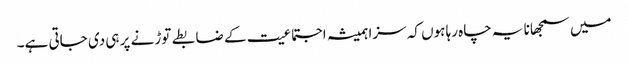
میں سمجھانا یہ چاہ رہا ہوں کہ سزا ہمیشہ اجتماعیت کے ضابطے توڑنے پر ہی دی جاتی ہے۔